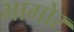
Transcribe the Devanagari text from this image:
भागोर